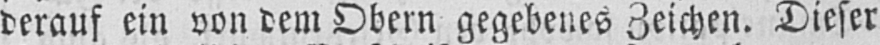
der auf ein von dem Obern gegebenes Zeichen. Dieser